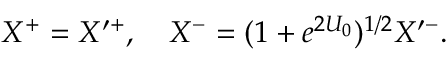
X ^ { + } = X ^ { \prime + } , \quad X ^ { - } = ( 1 + e ^ { 2 U _ { 0 } } ) ^ { 1 / 2 } X ^ { \prime - } .